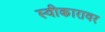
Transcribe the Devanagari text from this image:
स्वीकारावर